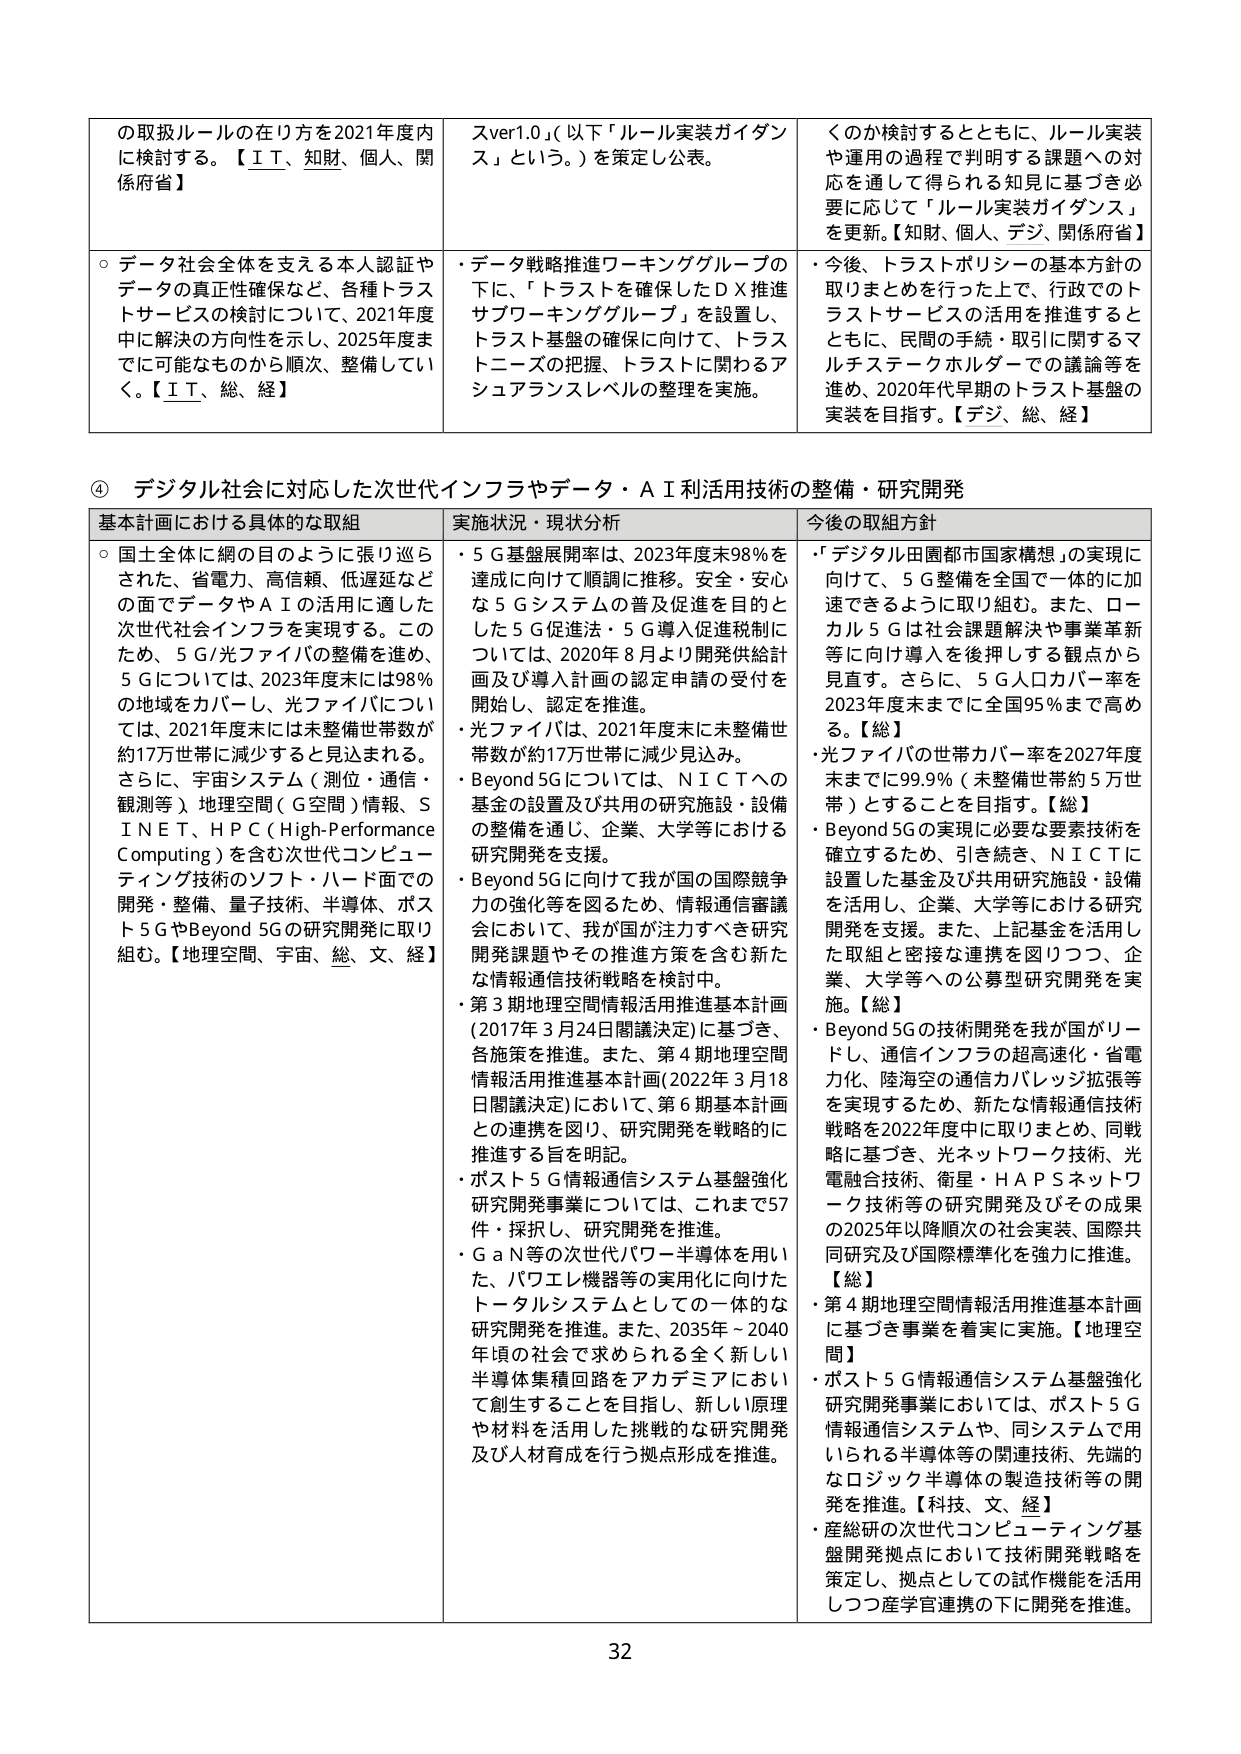
の取扱ルールの在り方を2021年度内に検討する。【ＩＴ、知財、個人、関係府省】
○ データ社会全体を支える本人認証やデータの真正性確保など、各種トラストサービスの検討について、2021年度中に解決の方向性を示し、2025年度までに可能なものから順次、整備していく。【ＩＴ、総、経】
スver1.0」（以下「ルール実装ガイダンス」という。）を策定し公表。
・データ戦略推進ワーキンググループの下に、「トラストを確保したＤＸ推進サブワーキンググループ」を設置し、トラスト基盤の確保に向けて、トラストニーズの把握、トラストに関わるアシュアランスレベルの整理を実施。
くのか検討するとともに、ルール実装や運用の過程で判明する課題への対応を通して得られる知見に基づき必要に応じて「ルール実装ガイダンス」を更新。【知財、個人、デジ、関係府省】
・今後、トラストポリシーの基本方針の取りまとめを行った上で、行政でのトラストサービスの活用を推進するとともに、民間の手続・取引に関するマルチステークホルダーでの議論等を進め、2020年代早期のトラスト基盤の実装を目指す。【デジ、総、経】

④ デジタル社会に対応した次世代インフラやデータ・ＡＩ活用技術の整備・研究開発

基本計画における具体的な取組
○ 国土全体に網の目のように張り巡らされた、省電力、高信頼、低遅延などの面でデータやＡＩの活用に適した次世代社会インフラを実現する。このため、５Ｇ/光ファイバの整備を進め、５Ｇについては、2023年度末には98％の地域をカバーし、光ファイバについては、2021年度末には未整備世帯数が約17万世帯に減少すると見込まれる。さらに、宇宙システム（測位・通信・観測等）、地理空間（Ｇ空間）情報、ＳＩＮＥＴ、ＨＰＣ（High-Performance Computing）を含む次世代コンピューティング技術のソフト・ハード面での開発・整備、量子技術、半導体、ポスト５ＧやBeyond 5Gの研究開発に取り組む。【地理空間、宇宙、総、文、経】

実状況・現状分析
・５Ｇ基盤展開率は、2023年度末98％を達成に向けて順調に推移。安全・安心な５Ｇシステムの普及促進を目的とした５Ｇ促進法・５Ｇ導入促進税制については、2020年８月より開発供給計画及び導入計画の認定申請の受付を開始し、認定を推進。
・光ファイバは、2021年度末に未整備世帯数が約17万世帯に減少見込み。
・Beyond 5Gについては、ＮＩＣＴへの基金の設置及び共用の研究施設・設備の整備を通じ、企業、大学等における研究開発を支援。
・Beyond 5Gに向けて我が国の国際競争力の強化等を図るため、情報通信審議会において、我が国が注力すべき研究開発課題やその推進方策を含む新たな情報通信技術戦略を検討中。
・第３期地理空間情報活用推進基本計画（2017年３月24日閣議決定）に基づき、各施策を推進。また、第４期地理空間情報活用推進基本計画（2022年３月18日閣議決定）において、第６期基本計画との連携を図り、研究開発を戦略的に推進する旨を明記。
・ポスト５Ｇ情報通信システム基盤強化研究開発事業については、これまで57件・採択し、研究開発を推進。
・ＧａＮ等の次世代パワー半導体を用いた、パワエレ機器等の実用化に向けたトータルシステムとしての一体的な研究開発を推進。また、2035年～2040年頃の社会で求められる全く新しい半導体集積回路をアカデミアにおいて創生することを目指し、新しい原理や材料を活用した挑戦的な研究開発及び人材育成を行う拠点形成を推進。

今後の取組方針
・「デジタル田園都市国家構想」の実現に向けて、５Ｇ整備を全国で一体的に加速できるよう取り組む。また、ローカル５Ｇは社会課題解決や事業革新等に向け導入を後押しする観点から見直す。さらに、５Ｇ人口カバー率を2023年度末までに全国95％まで高める。【総】
・光ファイバの世帯カバー率を2027年度末までに99.9％（未整備世帯約５万世帯）とすることを目指す。【総】
・Beyond 5Gの実現に必要な要素技術を確立するため、引き続き、ＮＩＣＴに設置した基金及び共用研究施設・設備を活用し、企業、大学等における研究開発を支援。また、上記基金を活用した取組と密接な連携を図りつつ、企業、大学等への公募型研究開発を実施。【総】
・Beyond 5Gの技術開発を我が国がリードし、通信インフラの超高速化・省電力化、陸海空の通信カバレッジ拡張等を実現するため、新たな情報通信技術戦略を2022年度中に取りまとめ、同戦略に基づき、光ネットワーク技術、光電融合技術、衛星・ＨＡＰＳネットワーク技術等の研究開発及びその成果の2025年以降順次社会実装、国際共同研究及び国際標準化を強力に推進。【総】
・第４期地理空間情報活用推進基本計画に基づき事業を着実に実施。【地理空間】
・ポスト５Ｇ情報通信システム基盤強化研究開発事業において、ポスト５Ｇ情報通信システムや、同システムで用いられる半導体等の関連技術、先端的なロジック半導体の製造技術等の開発を推進。【科技、文、経】
・産総研の次世代コンピューティング基盤開発拠点において技術開発戦略を策定し、拠点としての試作機能を活用しつつ産学官連携の下に開発を推進。

32